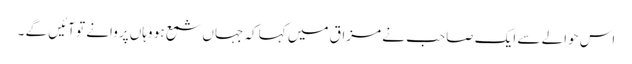
اس حوالے سے ایک صاحب نے مزاق میں کہا کہ جہاں شمع ہو وہاں پروانے تو آئیں گے ۔